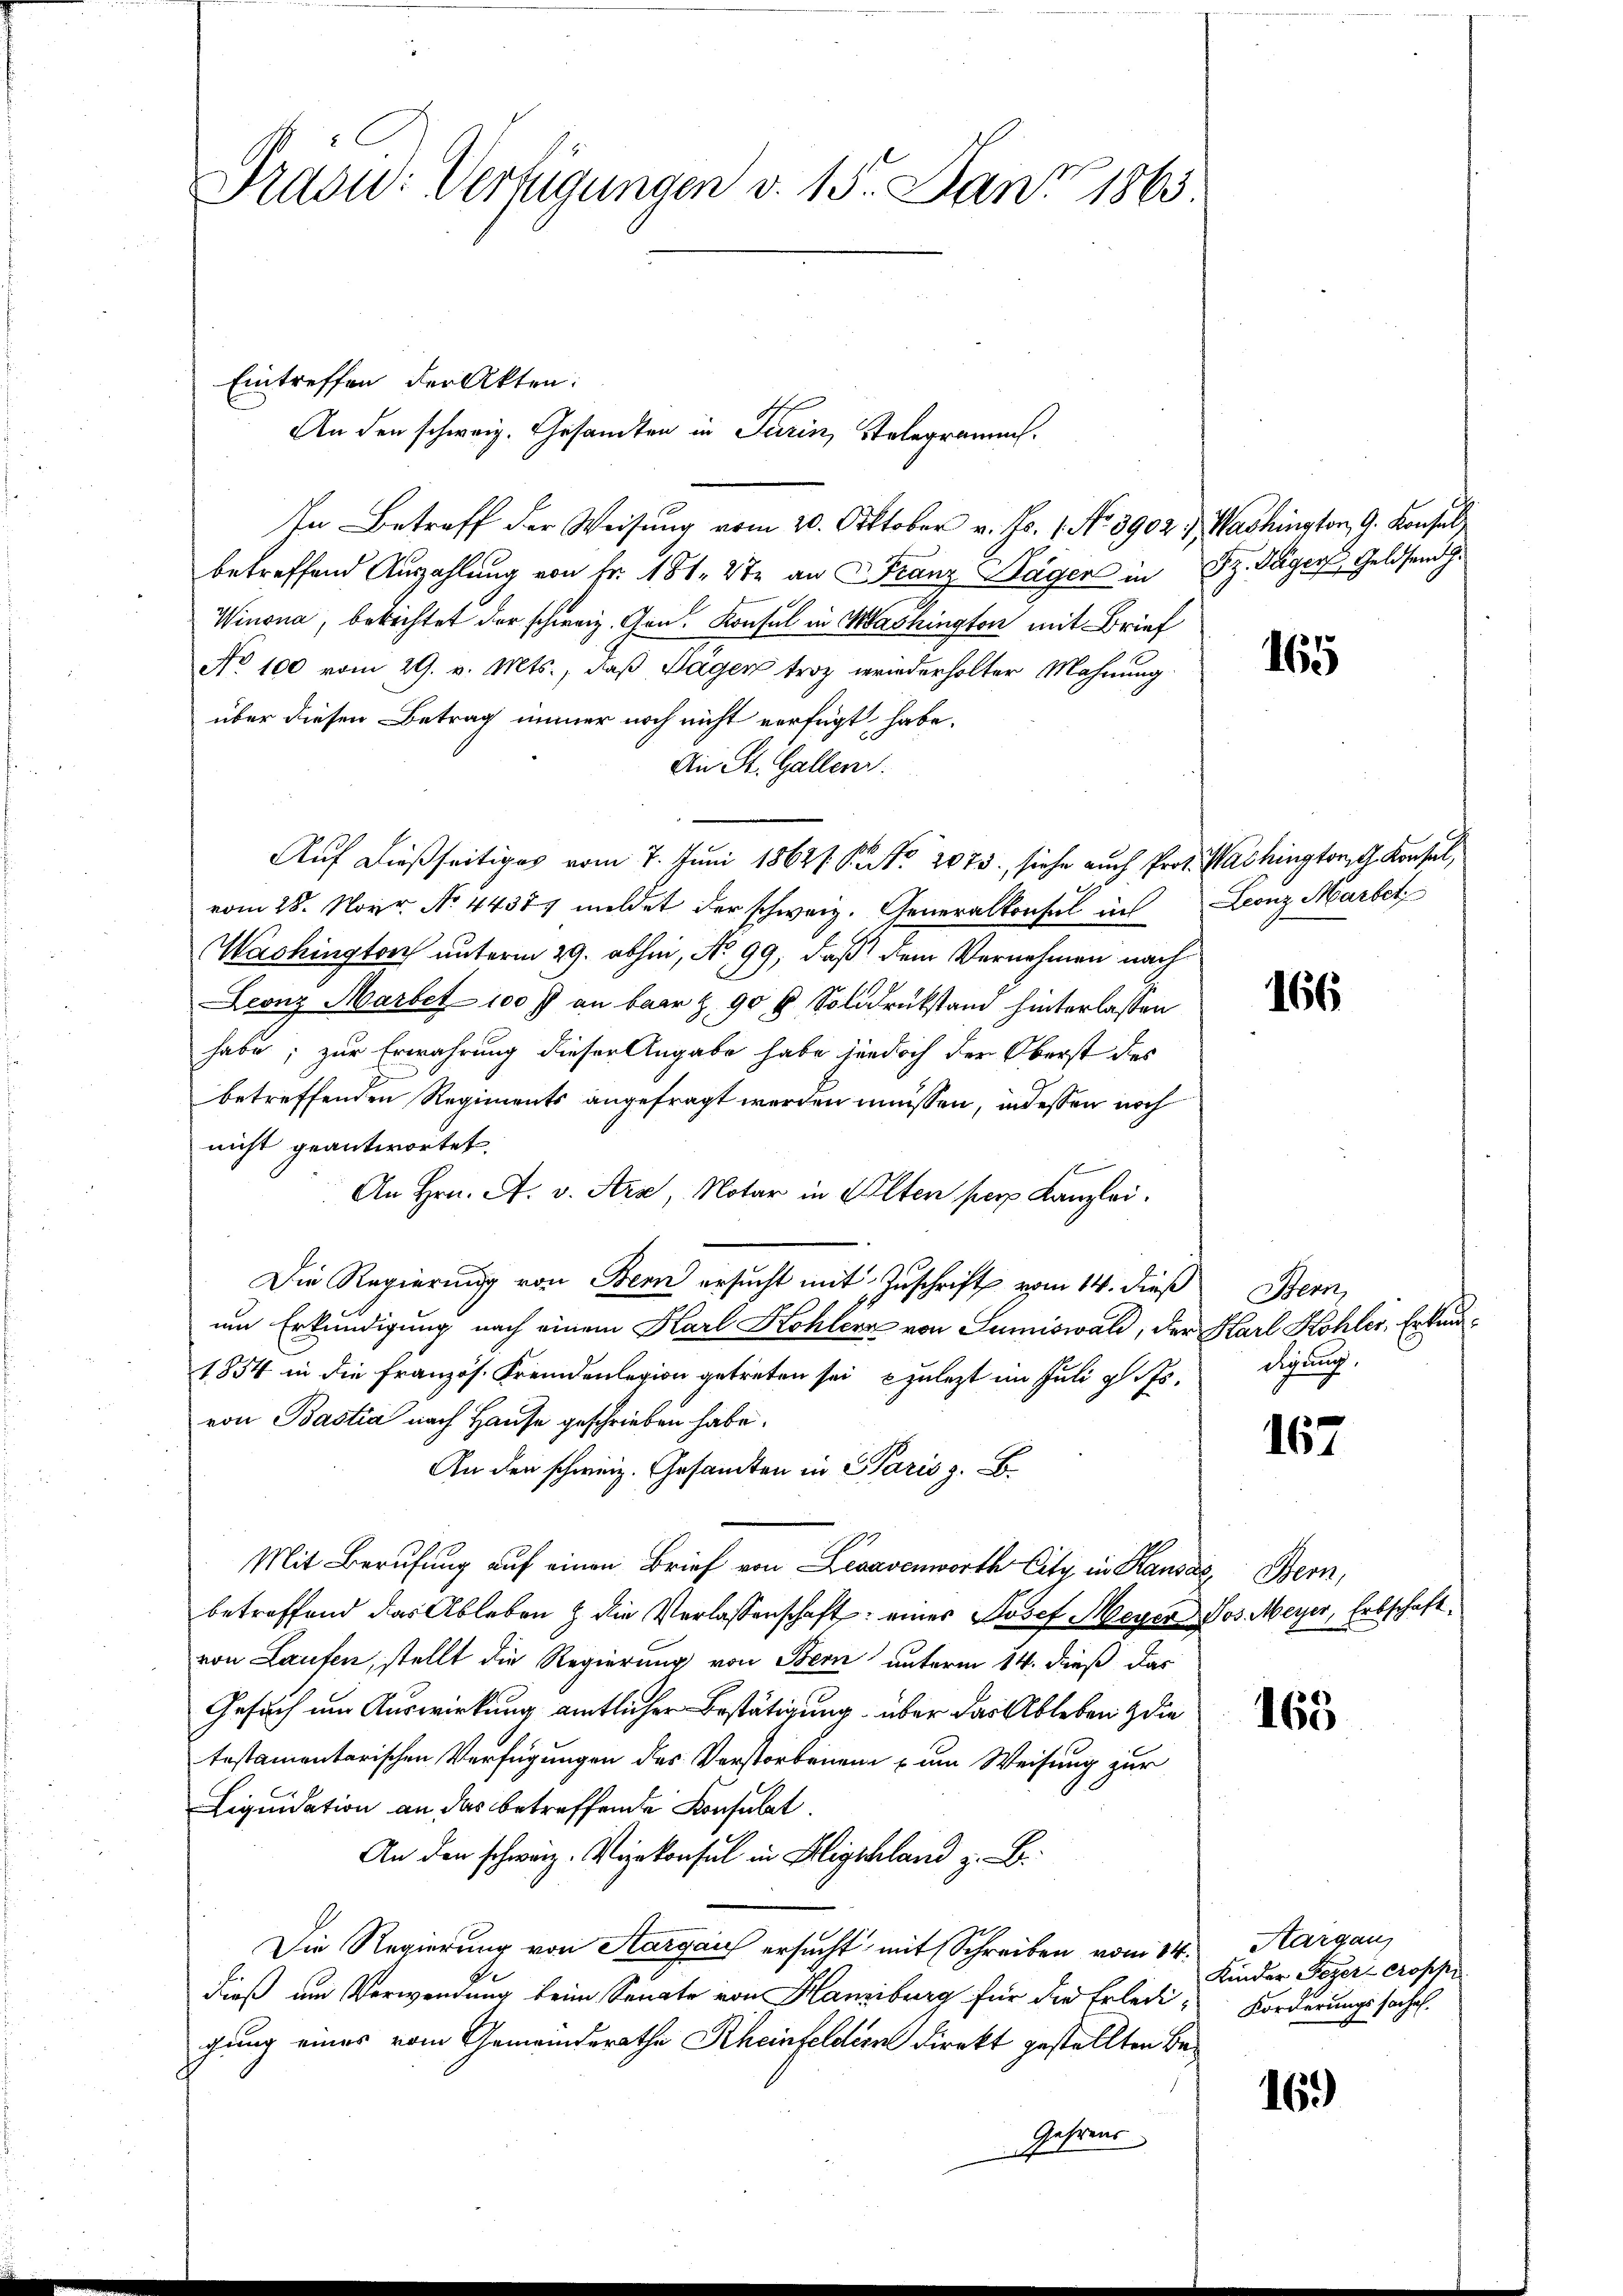
Präsid: Verfügungen v. 15. Janz 1865

Eintreffen der Akten:
An den schweiz. Gesandten in Turin, Stelegramms.
In Betreff der Weisung vom 20. Oktober v. Js. 1. No. 3902, Washington, G. Konsul
betreffend Auszahlŭng von Fr. 181. 27 an Franz Sagen in Sz. Täger Geldsend
Winona, betrachtet der schweiz. Gen. Konsul in Washington mit Brief
No 100 vom 29. v. Mts., daß Tagen troz wiederholter Mahnung
über diesen Betrag immer noch nicht verfügt habe.
An St. Gallen.
Auf dießseitiges vom 7. Juni 1862. P. Nr. 2073, siehe auch Prof. Washington Konsul,
vom 28. Novr No. 44377 meldet der schweiz. Generalkonsul in Leonz Marbet
Washington unterm 29. abhin, No 99, daß dem Vernehmen nach
Leonz Marbet 100 f an baar Z. 904 Solddrükstand hinterlassen
habe; zur Erwährung dieser Angabe habe jedoch der Oberst des
betreffenden Regiments angefragt werden müssen, indessen noch
nicht geantwortet.
An Hrn. A. v. Ara, Notar in Alten per Kanzlei.
Die Regierung von Bern ersucht mit Zuschrift vom 14. dieß
um Erkundigung nach einem Karl Kohlers von Sumiswald, der Karl Kohler, Erkun¬
1854 in die Französ. Fremdenlegion getreten sei, zulezt im Juli glits.
von Bastia nach Hause geschrieben habe.
An den schweiz. Gesandten in Paris z. B.
Mit Berufung auf einen Brief von Legavenworth City, in Kausal,
betreffend das Ableben & die Verlassenschaft einer Josef Meyer
von Laufen, stellt die Regierung von Bern unterm 14. dieß das
Gesuch um Auswirkung amtlicher Bestätigung über das Ableben & die
testamentarischen Verfügungen des Verstorbenen zum Weisung zur
Liquidation an das betreffende Konsulat
An den schweiz. Vizekonsul in Bligschland z. B.
Die Regierung von Aargau ersucht mit Schreiben vom 14.
dieß um Verwendung beim Senate von Hanzburg für die Erledigung eines vom Gemeinderathe Rheinfeldern direkt gestellten Be¬
Gehrens

165

166

Bern,
digung.

167

3. Bern,
Jos. Meyer, Erbschaft.

165

Aargau,
Kinder Feyer Cross
Forderungssachel,

16.)